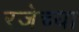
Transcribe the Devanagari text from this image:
रजेच्या